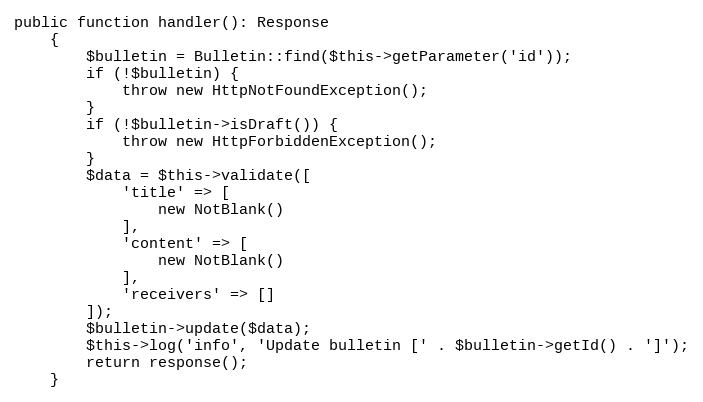
Language: PHP
public function handler(): Response
    {
        $bulletin = Bulletin::find($this->getParameter('id'));
        if (!$bulletin) {
            throw new HttpNotFoundException();
        }
        if (!$bulletin->isDraft()) {
            throw new HttpForbiddenException();
        }
        $data = $this->validate([
            'title' => [
                new NotBlank()
            ],
            'content' => [
                new NotBlank()
            ],
            'receivers' => []
        ]);
        $bulletin->update($data);
        $this->log('info', 'Update bulletin [' . $bulletin->getId() . ']');
        return response();
    }